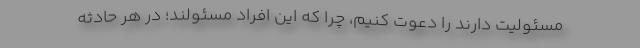
مسئولیت دارند را دعوت کنیم، چرا که این افراد مسئولند؛ در هر حادثه